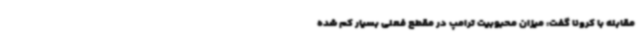
مقابله با کرونا گفت: میزان محبوبیت ترامپ در مقطع فعلی بسیار کم شده